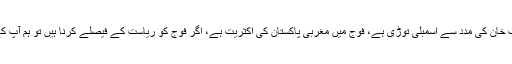
غلام محمد نے جنرل ایوب خان کی مدد سے اسمبلی توڑی ہے، فوج میں مغربی پاکستان کی اکثریت ہے، اگر فوج کو ریاست کے فیصلے کرنا ہیں تو ہم آپ کے ساتھ کیسے چلیں گے؟